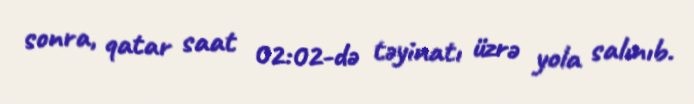
sonra, qatar saat 02:02-də təyinatı üzrə yola salınıb.